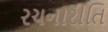
રચનારીતિ